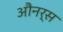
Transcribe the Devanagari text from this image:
औनर्स